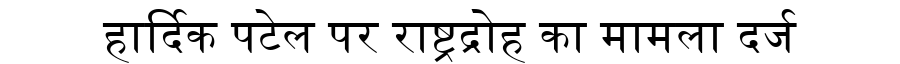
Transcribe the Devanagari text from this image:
हार्दिक पटेल पर राष्ट्रद्रोह का मामला दर्ज